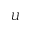
U